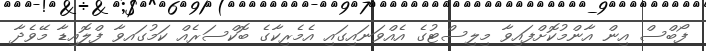
ފޯބްސް އިން އާންމުކޮށްފައިވާ މިލިސްޓުގެ އެއްވަނައިގައި އެމެރިކާގެ ބޮކްސަރެއް ކަމުގައވާ ފްލޮއިޑާ މޭވެދާ